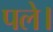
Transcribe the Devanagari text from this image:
पले।